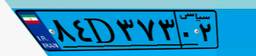
۸۴D۳۷۳۰۲